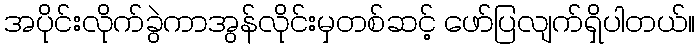
အပိုင်းလိုက်ခွဲကာအွန်လိုင်းမှတစ်ဆင့် ဖော်ပြလျက်ရှိပါတယ်။